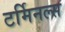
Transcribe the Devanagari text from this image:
टर्मिनल्‍स